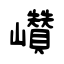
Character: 巑